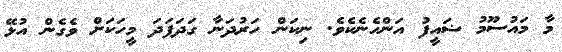
މާ މައުސޫމު ޟައީފު އަންހެނެކެވެ. ނިކަން ހަރުދަނާ ގަދަފަދަ މީހަކަށް ވެގެން އުޅޭ